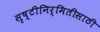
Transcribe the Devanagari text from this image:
सृष्टीनिर्मितीसाठी